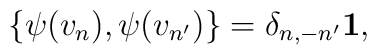
\{ \psi(v_n),\psi(v_{n'})\}=\delta_{n,-n'}{\bf 1},